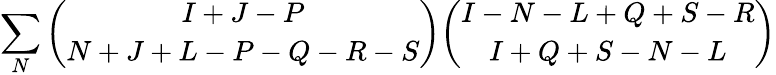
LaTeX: \sum_{N}{\binom{I+J-P}{N+J+L-P-Q-R-S}}{\binom{I-N-L+Q+S-R}{I+Q+S-N-L}}